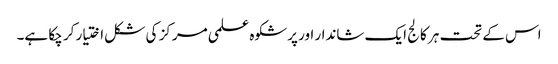
اس کے تحت ہر کالج ایک شاندار اور پرشکوہ علمی مرکز کی شکل اختیار کر چکا ہے۔